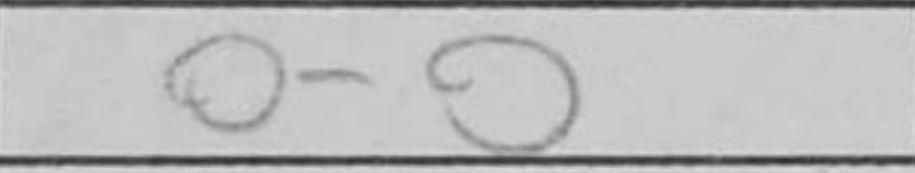
Transcription: O-O